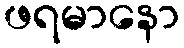
ဖရမာနော